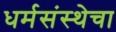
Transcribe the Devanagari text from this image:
धर्मसंस्थेचा